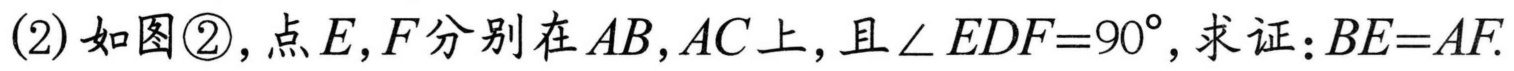
(2)如图\textcircled{2},点\(E,F\)分别在\(AB,AC\)上,且\(\angle EDF = 90^{\circ}\),求证:\(BE = AF\).